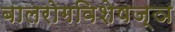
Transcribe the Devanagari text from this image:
बालरोगविशेषज्ञ